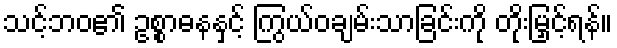
သင့်ဘဝ၏ ဥစ္စာဓနနှင့် ကြွယ်ဝချမ်းသာခြင်းကို တိုးမြှင့်ရန်။